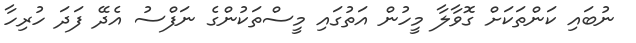
ނުބައި ކަންތަކަށް ގޮވާލާ މީހުން އަތުގައި މީސްތަކުންގެ ނަފްސު އެދޭ ފަދަ ހުރިހާ